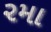
૨મા